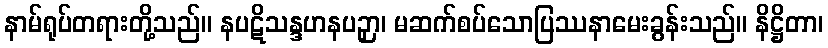
နာမ်ရုပ်တရားတို့သည်။ နပဋိသန္ဒဟနပဉှာ၊ မဆက်စပ်သောပြဿနာမေးခွန်းသည်။ နိဋ္ဌိတာ၊